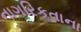
નાગરિકતાના